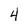
Character: 4